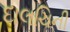
દાલચિની